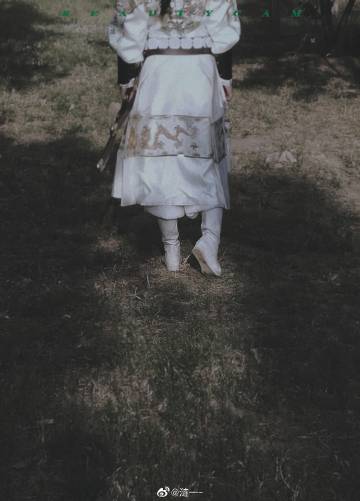
托身白刃里，杀人红尘中。